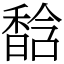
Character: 馠